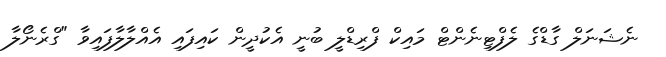
ނެޝަނަލް ގާޑްގެ ލެފްޓިނެންޓް މައިކް ފްރިޑްލީ ބުނީ އެކުދީން ކައިފައި އެއްލާލާފައިވާ "ގްރެނޯލާ